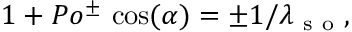
1 + P o ^ { \pm } \, \cos ( \alpha ) = \pm 1 / \lambda _ { \mathrm { ~ s ~ o ~ } } ,